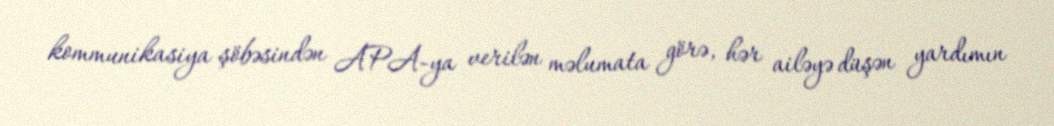
kommunikasiya şöbəsindən APA-ya verilən məlumata görə, hər ailəyə düşən yardımın